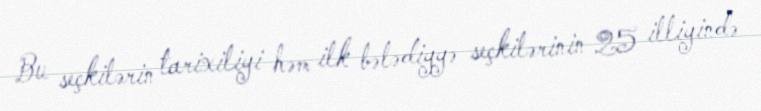
Bu seçkilərin tarixiliyi həm ilk bələdiyyə seçkilərinin 25 illiyində